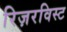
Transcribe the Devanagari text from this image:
रिज़रविस्ट